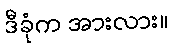
ဒီခုံက အားလား။